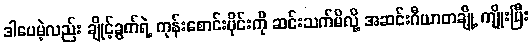
ဒါပေမဲ့လည်း ချိုင့်ခွက်ရဲ့ ကုန်းစောင်းပိုင်းကို ဆင်းသက်မိလို့ အဆင်းဂီယာတချို့ ကျိုးပြီး